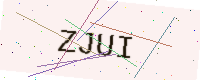
Text: ZJUI